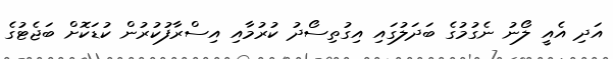
އަދި އެއީ ލޯނު ނެގުމުގެ ބަދަލުގައި އިގުތިސޯދު ކުރުމާއި އިސްރާފުކުރުން ކުޑަކޮށް ބަޖެޓުގެ